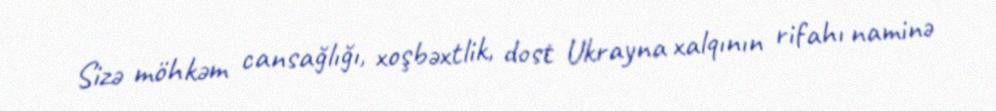
Sizə möhkəm cansağlığı, xoşbəxtlik, dost Ukrayna xalqının rifahı naminə